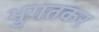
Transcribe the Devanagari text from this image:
भुगतकर